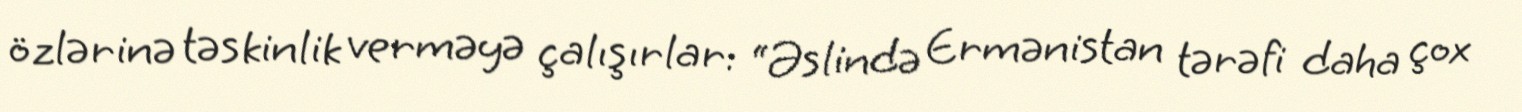
özlərinə təskinlik verməyə çalışırlar: “Əslində Ermənistan tərəfi daha çox